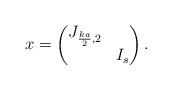
LaTeX: \begin{align*}x=\begin{pmatrix}J_{\frac{ka}{2},2} \\& I_{s} \end{pmatrix}.\end{align*}